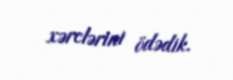
xərclərini ödədik.